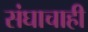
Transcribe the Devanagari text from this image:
संघाचाही